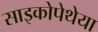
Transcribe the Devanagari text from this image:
साइकोपेथेया